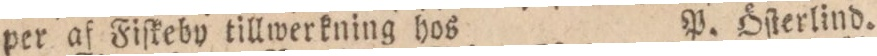
per af Fiſkeby tillwerkning hos    P. Öſterlind.